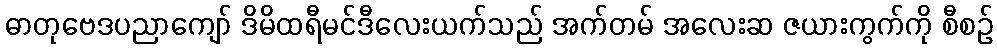
ဓာတုဗေဒပညာကျော် ဒိမိထရီမင်ဒီလေးယက်သည် အက်တမ် အလေးဆ ဇယားကွက်ကို စီစဉ်